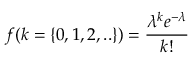
f ( k = \{ 0 , 1 , 2 , . . \} ) = \frac { \lambda ^ { k } e ^ { - \lambda } } { k ! }